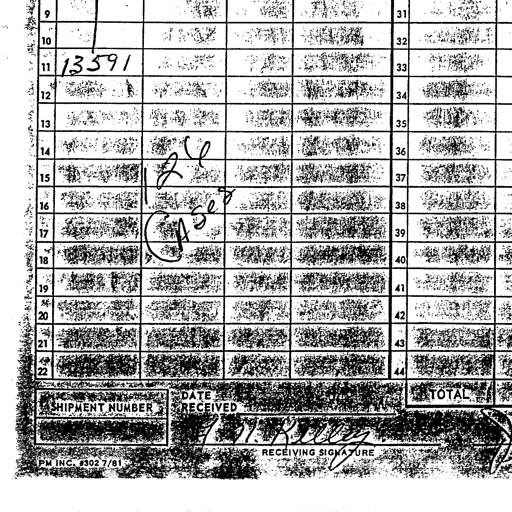
9
31
10
32
11 13591
33
12
34
13
35
14 26
36
15 12
37
16 Cases
38
17
39
18
40
19
41
20
42
21
43
22
44
SHIPMENT NUMBER DATE RECEIVED TOTAL
PM INC. #302 7/81 RECEIVING SIGNATURE